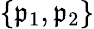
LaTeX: \{ \mathfrak{p}_{1},\mathfrak{p}_{2}\}